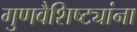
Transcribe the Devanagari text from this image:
गुणवैशिष्ट्यांना